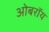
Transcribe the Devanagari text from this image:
ओबराॅय